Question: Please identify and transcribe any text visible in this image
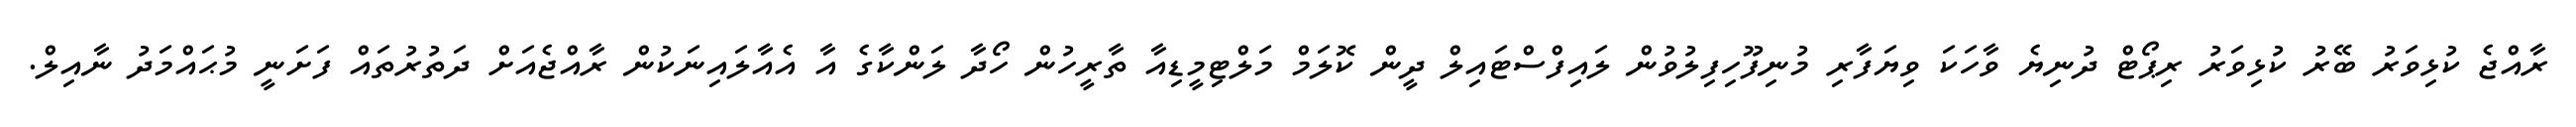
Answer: ރާއްޖެ ކުޅިވަރު ބޭރު ކުޅިވަރު ރިޕޯޓް ދުނިޔެ ވާހަކަ ވިޔަފާރި މުނިފޫހިފިލުވުން ލައިފްސްޓައިލް ދީން ކޮލަމް މަލްޓިމީޑިއާ ތާރީހުން ހޯދާ ލަންކާގެ އާ އެއާލައިނަކުން ރާއްޖެއަށް ދަތުރުތައް ފަށަނީ މުޙައްމަދު ނާއިލް.